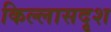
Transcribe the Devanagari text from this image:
किल्लासदृश